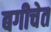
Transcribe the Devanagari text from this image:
बगीचेत